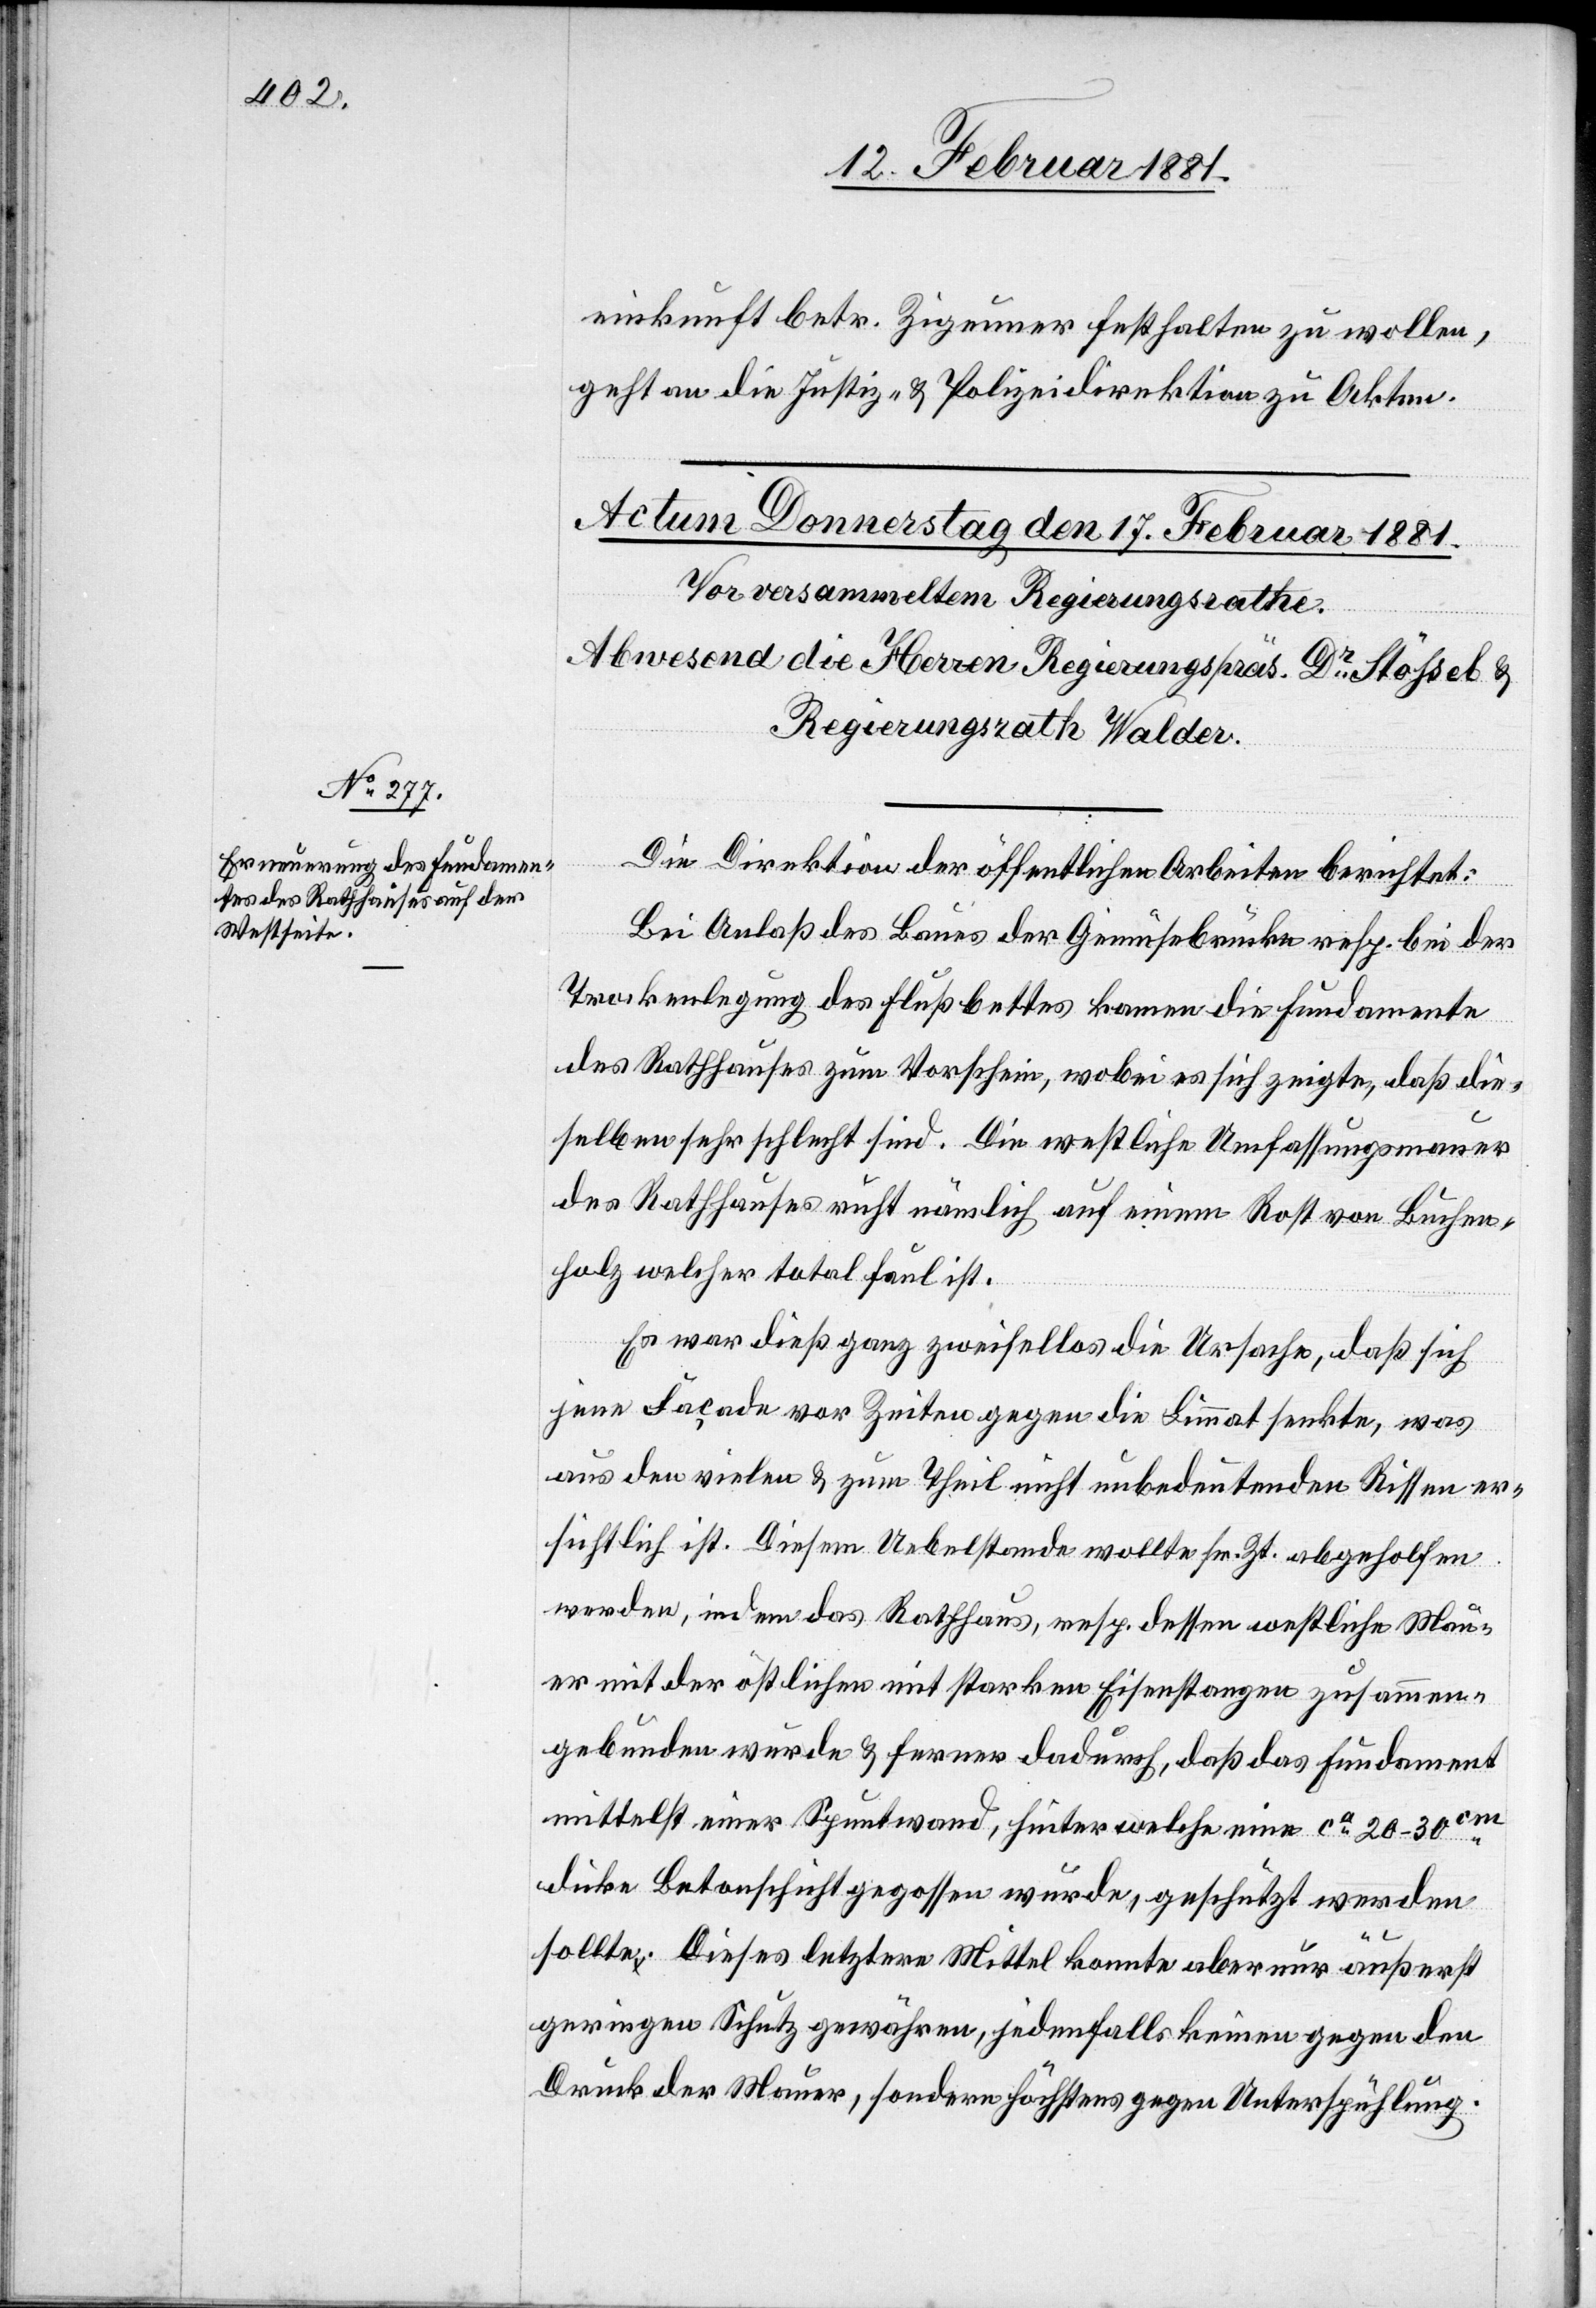
einkunft betr. Zigeuner festhalten zu wollen,
geht an die Justiz- & Polizeidirektion zu Akten.
Die Direktion der öffentlichen Arbeiten berichtet:
Bei Anlaß des Baues der Gemüsebrücke resp. bei der
Trockenlegung des Flußbettes kamen die Fundamente
des Rathhauses zum Vorschein, wobei es sich zeigte, daß die¬
selben sehr schlecht sind. Die westliche Umfassungsmauer
des Rathhauses ruht nämlich auf einem Rost von Buchen¬
holz welcher total faul ist.
Es war dieß ganz zweifellos die Ursache, daß sich
jene Façade vor Zeiten gegen die Limmat senkte, was
aus den vielen & zum Theil nicht unbedeutenden Rissen er¬
sichtlich ist. Diesem Uebelstande wollte sr. Zt. abgeholfen
werden, indem das Rathhaus, resp. dessen westliche Mau¬
er mit der östlichen mit starken Eisenstangen zusammen¬
gebunden wurde & ferner dadurch, daß das Fundament
mittelst einer Spuntwand, hinter welche eine ca 20–30cm
dicke Betonschicht gegossen wurde, geschützt werden
sollte. Dieses letztere Mittel konnte aber nur äußerst
geringen Schutz gewähren, jedenfalls keinen gegen den
Druck der Mauer, sondern höchstens gegen Unterspühlung.